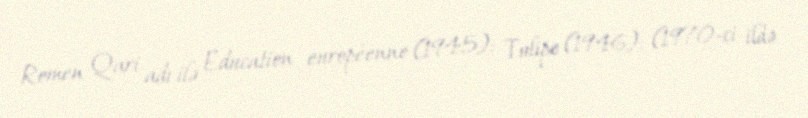
Romen Qari adı ilə Education européenne (1945); Tulipe (1946); (1970-ci ildə